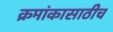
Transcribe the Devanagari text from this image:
क्रमांकासाठीच